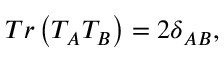
T r \left( T _ { A } T _ { B } \right) = 2 \delta _ { A B } ,